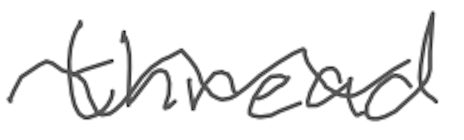
Text: thread
Cross-out: wave
Writing tool: digital_gray